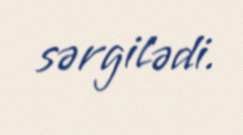
sərgilədi.